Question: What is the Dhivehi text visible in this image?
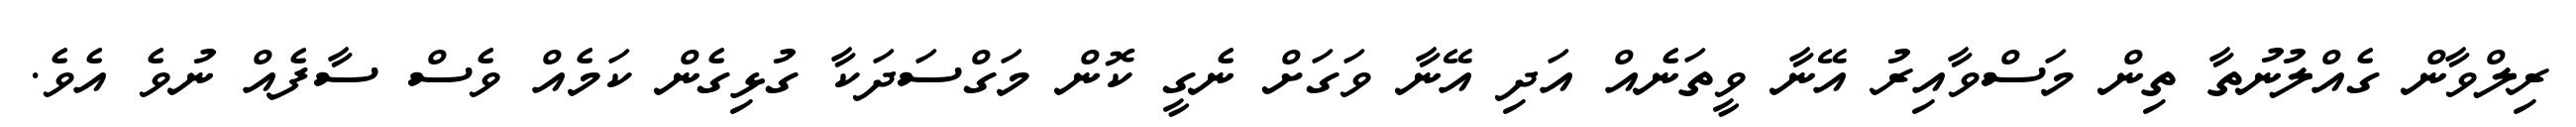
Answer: ރިލްވާން ގެއްލުނުތާ ތިން މަސްވާއިރު އޭނާ ވީތަނެއް އަދި އޭނާ ވަގަށް ނެގީ ކޮން މަގްސަދަކާ ގުޅިގެން ކަމެއް ވެސް ސާފެއް ނުވެ އެވެ.